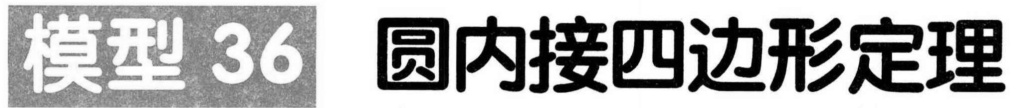
模型 36 圆内接四边形定理